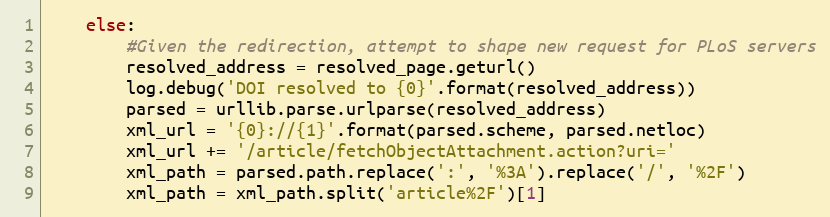
Language: Python
    else:
        #Given the redirection, attempt to shape new request for PLoS servers
        resolved_address = resolved_page.geturl()
        log.debug('DOI resolved to {0}'.format(resolved_address))
        parsed = urllib.parse.urlparse(resolved_address)
        xml_url = '{0}://{1}'.format(parsed.scheme, parsed.netloc)
        xml_url += '/article/fetchObjectAttachment.action?uri='
        xml_path = parsed.path.replace(':', '%3A').replace('/', '%2F')
        xml_path = xml_path.split('article%2F')[1]